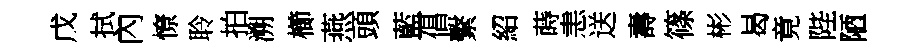
戊拭內憭聆拍溯櫛燕頭藍倡繫紹蒔恚送壽篠彬曷竟陛陋